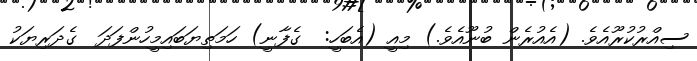
ސިއްރުކުރޫއެވެ. (އެއުރެން ބުނޫއެވެ.) މިއީ (އެބަހީ:  ގެފާނީ) ހަމަތިޔަބައިމީހުންފަދަ  ގެދަރިޔަކު